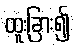
ထူးခြား၍